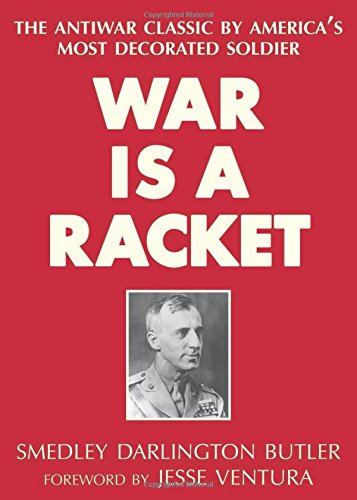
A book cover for War Is a Racket: The Antiwar Classic by America's Most Decorated Soldier; Smedley Darlington Butler; History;